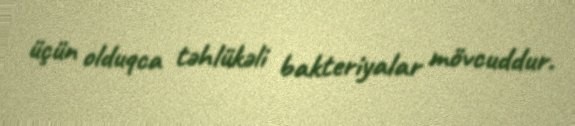
üçün olduqca təhlükəli bakteriyalar mövcuddur.